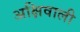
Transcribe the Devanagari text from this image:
अक्षिवाली